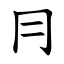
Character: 冃